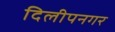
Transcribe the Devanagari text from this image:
दिलीपनगर